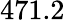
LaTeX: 471.2